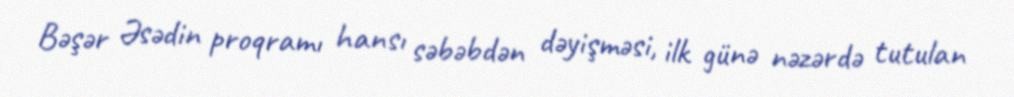
Bəşər Əsədin proqramı hansı səbəbdən dəyişməsi, ilk günə nəzərdə tutulan